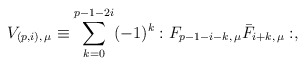
\begin{align*}V_{(p,i),\, \mu} \equiv \sum_{k=0}^{p-1-2i}(-1)^k :F_{p-1-i-k,\, \mu}\bar{F}_{{i+k},\, \mu}:,\end{align*}